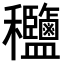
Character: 𥤟